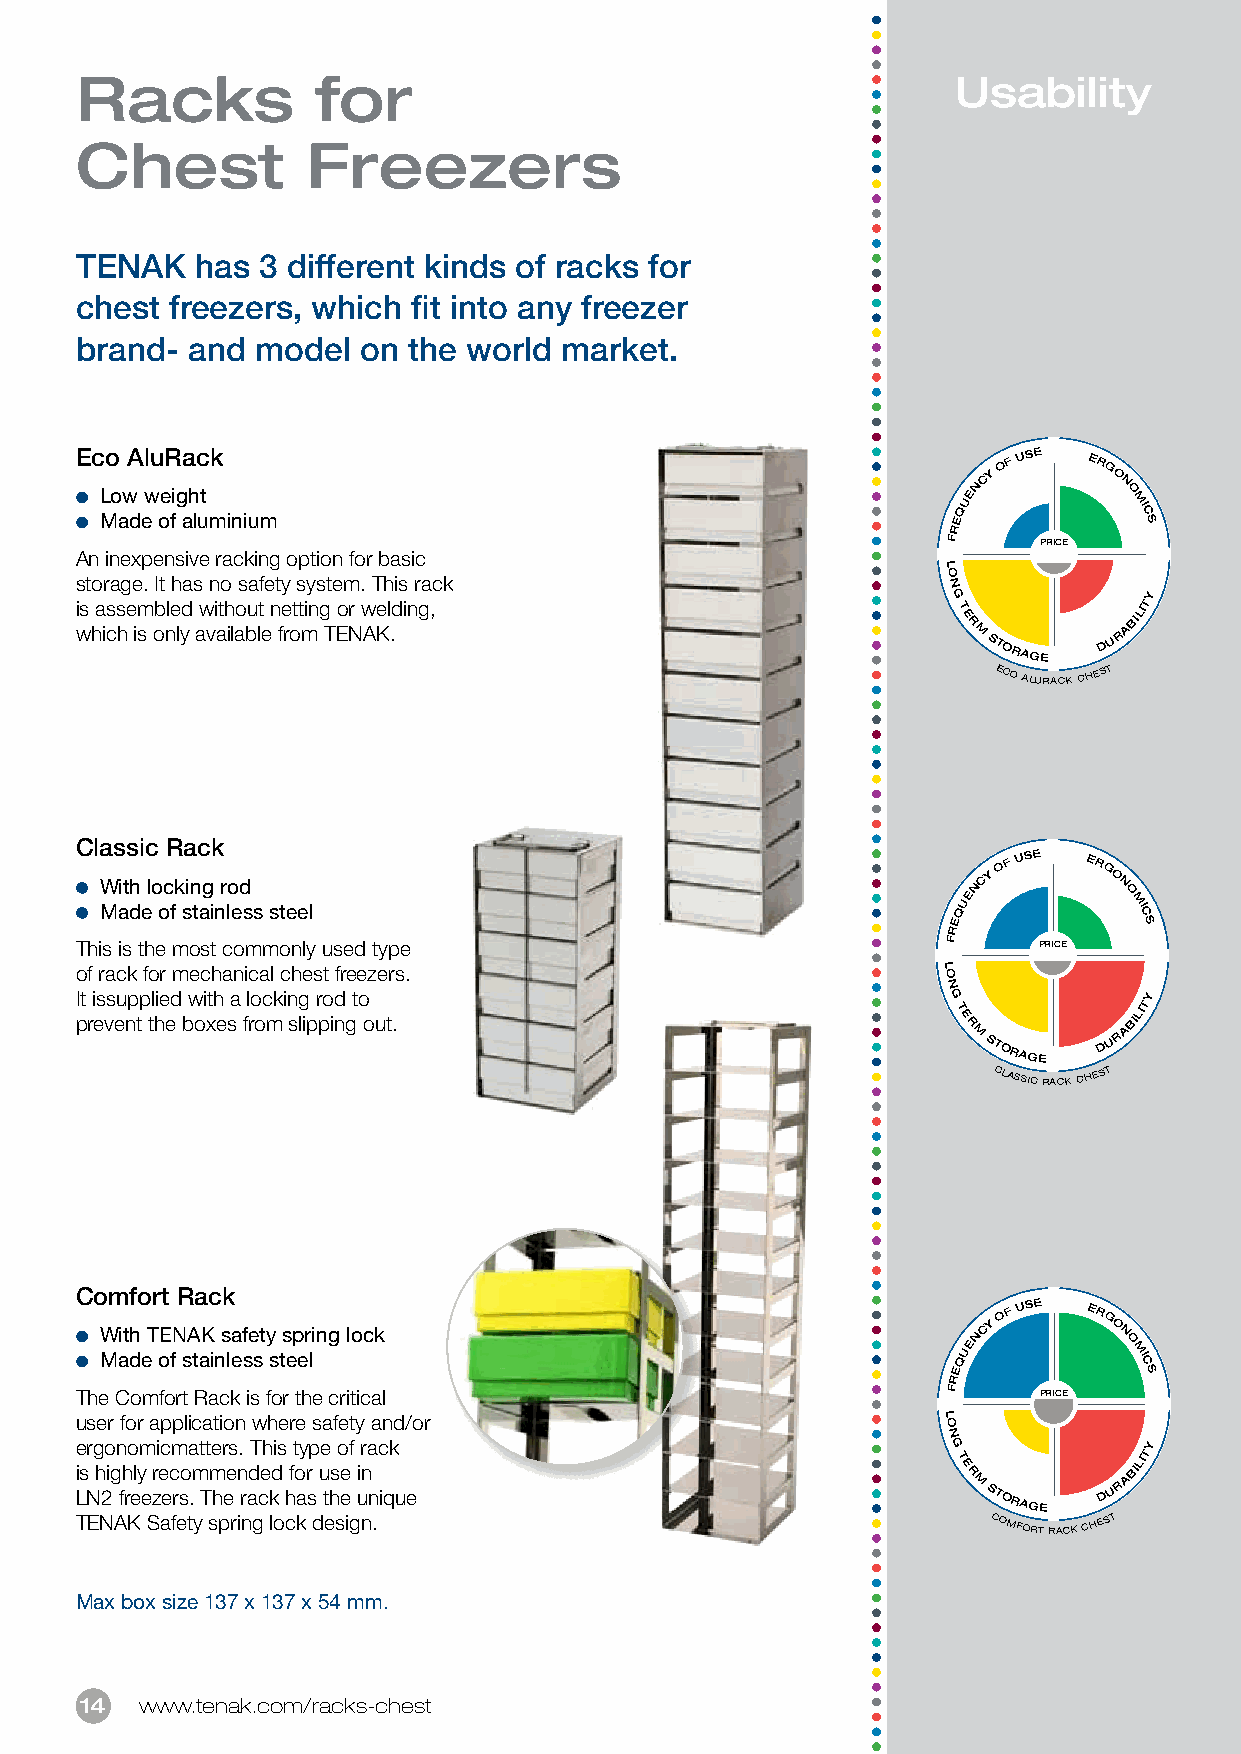
Racks           for                                       Usability
 Chest          Freezers
 TENAK   has 3 different kinds of racks for
 chest freezers, which fit into any freezer
 brand- and  model  on the world market.
 Eco AluRack
 CY
 OF
 USE
 ERG
 O
 N        N
 L Mo aw
 d
 ew oe fig ah lut
 minium
 EQUE       O M
 IC
 S
 R
 F     PRICE
 An inexpensive racking option for basic
 L
 storage. It has no safety system. This rack               O N
 G            Y
 i ws ha is cs he im
 s
 ob nle lyd aw vi ath ilao bu lt
 e
 n fe rott min g
 T
 Eo Nr w AKel .ding,                      T
 E
 R M STORAGE DU R
 ABILIT
 ECO
 ALURACK
 CHEST
 Classic Rack
 With locking rod                                         NCY
 OF
 USE
 ERG
 O N
 Made of stainless steel
 QUE        O M
 IC
 E            S
 R
 This is the most commonly used type                       F     PRICE
 of rack for mechanical chest freezers.                   L O
 N
 It issupplied with a locking rod to                       G            Y
 prevent the boxes from slipping out.
 T
 E
 R
 M STORAGE DU R
 ABILIT
 CLASSIC
 RACK
 CHEST
 Comfort Rack
 With TENAK safety spring lock                            NCY
 OF
 USE
 ERG
 O N
 Made of stainless steel                                 QUE        O M IC
 E            S
 R
 The Comfort Rack is for the critical                      F     PRICE
 user for application where safety and/or                 L O
 N
 ergonomicmatters. This type of rack                       G            Y
 i Ls
 N
 h 2ig fh rely
 e
 zre ec rso .m Tm hee n rad ce kd hfo ar
 s
 u thse
 e
 i un
 n ique
 T
 E
 R
 M STORAGE DU R
 ABILIT
 TENAK Safety spring lock design.                             COMFORT
 RACK
 CHEST
 Max box size 137 x 137 x 54 mm.
 14  www.tenak.com/racks-chest